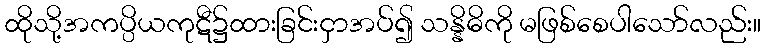
ထိုသို့အကပ္ပိယကုဋီ၌ထားခြင်းငှာအပ်၍ သန္နိဓိကို မဖြစ်စေပါသော်လည်း။